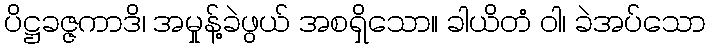
ပိဋ္ဌခဇ္ဇကာဒိ၊ အမှုန့်ခဲဖွယ် အစရှိသော။ ခါယိတံ ဝါ၊ ခဲအပ်သော